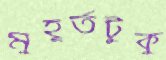
মুহূর্তটুকু